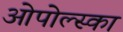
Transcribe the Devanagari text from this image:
ओपोल्स्का